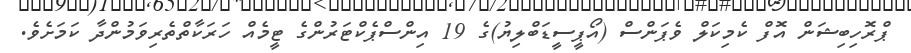
ޕްރޮހިބިޝަން އޮފް ކެމިކަލް ވެޕަންސް (އޯޕީސީޑަބްލިޔު)ގެ 19 އިންސްޕެކްޓަރުންގެ ޓީމެއް ހަރަކާތްތެރިވަމުންދާ ކަމަށެވެ.